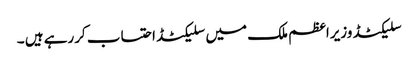
سلیکٹڈ وزیراعظم ملک میں سلیکٹڈ احتساب کررہے ہیں ۔